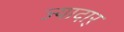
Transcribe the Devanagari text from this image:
ज्यादार्